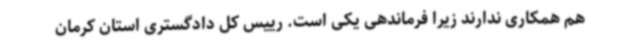
هم همکاری ندارند زیرا فرماندهی یکی است. رییس کل دادگستری استان کرمان